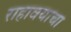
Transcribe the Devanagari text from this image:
राहावयाचा